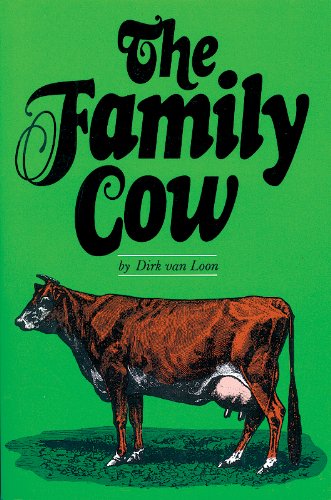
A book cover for The Family Cow (Garden Way Publishing Book); Dirk Van Loon; Cookbooks, Food & Wine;